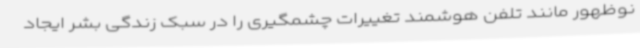
نوظهور مانند تلفن هوشمند تغییرات چشمگیری را در سبک زندگی بشر ایجاد